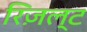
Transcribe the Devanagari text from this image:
रिज़ल्ट